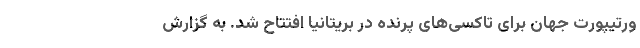
ورتیپورت جهان برای تاکسی‌های پرنده در بریتانیا افتتاح شد. به گزارش